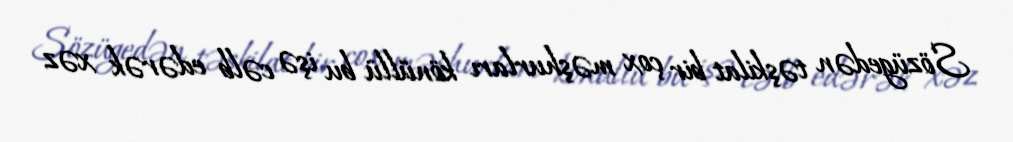
Sözügedən təşkilat bir çox məşhurları könüllü bu işə cəlb edərək xəz